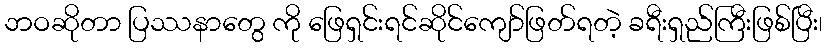
ဘဝဆိုတာ ပြဿနာတွေ ကို ဖြေရှင်းရင်ဆိုင်ကျော်ဖြတ်ရတဲ့ ခရီးရှည်ကြီးဖြစ်ပြီး၊